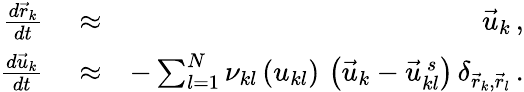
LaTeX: \begin{array}{rlr}{\frac{d\vec{r}_{k}}{dt}}&{{}\approx}&{\vec{u}_{k}\, ,}\\ {\frac{d\vec{u}_{k}}{dt}}&{{}\approx}&{-\sum_{l=1}^{N}\nu_{kl}\left(u_{kl}\right)\, \left(\vec{u}_{k}-\vec{u}_{kl}^{\, s}\right)\, \delta_{\vec{r}_{k},\vec{r}_{l}}\, .}\end{array}